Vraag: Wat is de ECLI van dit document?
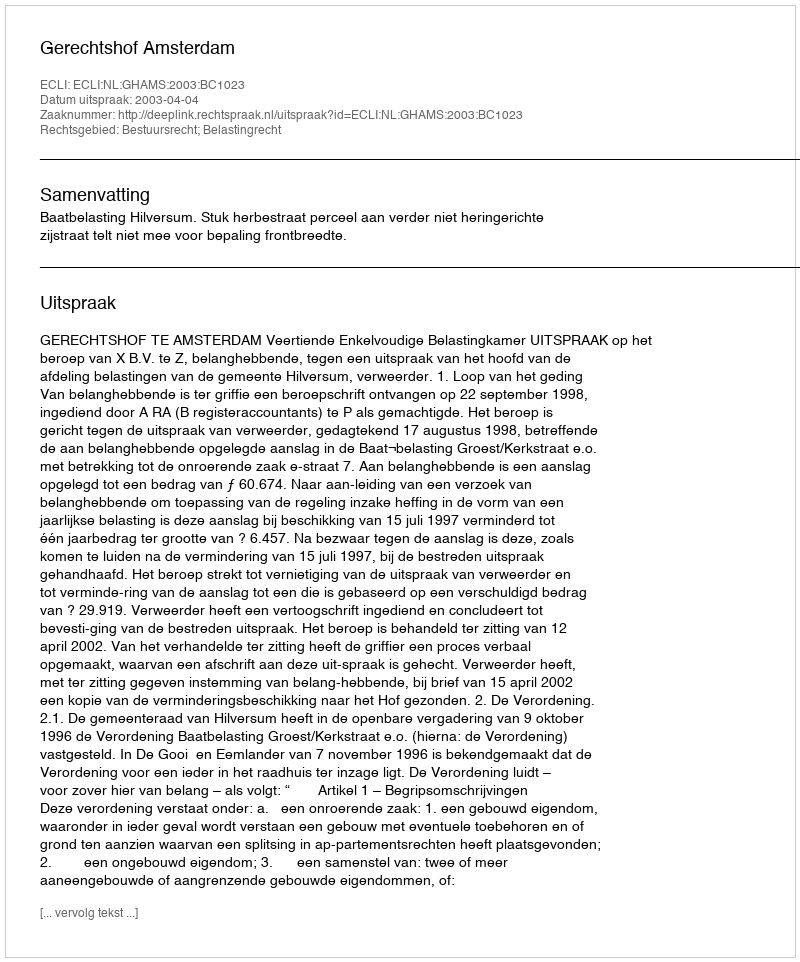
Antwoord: ECLI:NL:GHAMS:2003:BC1023